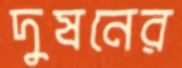
দুষনের